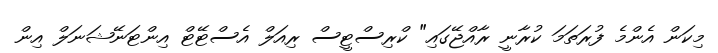
މިކަން އެންމެ ފުރަތަމަ ކުރާނީ ރާއްޖޭގައި" ކްރިސްޓީސް ރިއަލް އެސްޓޭޓް އިންޓަނޭޝަނަލް އިން